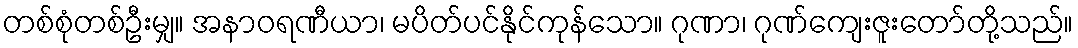
တစ်စုံတစ်ဦးမျှ။ အနာဝရဏီယာ၊ မပိတ်ပင်နိုင်ကုန်သော။ ဂုဏာ၊ ဂုဏ်ကျေးဇူးတော်တို့သည်။